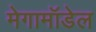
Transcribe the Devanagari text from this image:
मेगामॉडेल